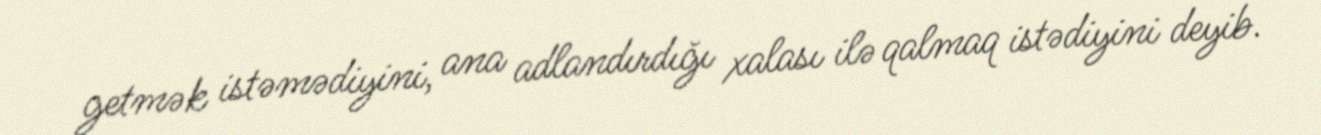
getmək istəmədiyini, ana adlandırdığı xalası ilə qalmaq istədiyini deyib.